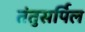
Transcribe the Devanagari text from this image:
तंतुसर्पिल